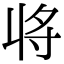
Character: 𭔬